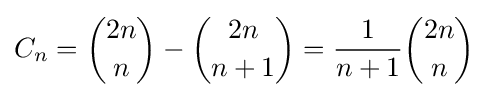
C_{n}={2n \choose n}-{2n \choose n+1}={\frac {1}{n+1}}{2n \choose n}